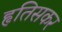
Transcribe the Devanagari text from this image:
हृतिसकर